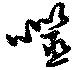
噬